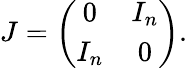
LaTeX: J=\left(\begin{array}{cc}{0}&{I_{n}}\\ {I_{n}}&{0}\end{array}\right).